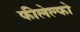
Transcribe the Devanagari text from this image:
फीलेल्फो